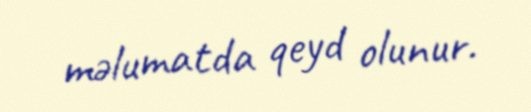
məlumatda qeyd olunur.